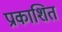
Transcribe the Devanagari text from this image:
प्राकाशित